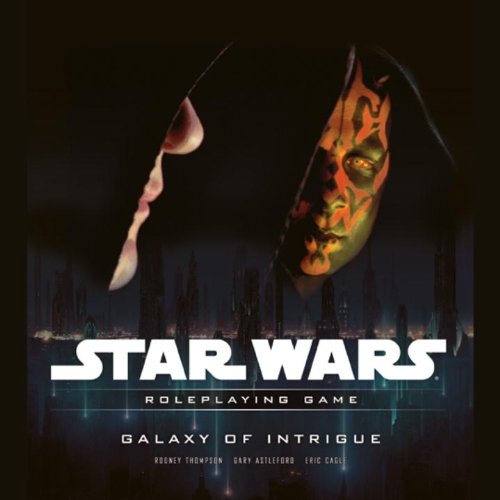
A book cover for Galaxy of Intrigue: A Star Wars Roleplaying Game Supplement; T. Rob Brown; Science Fiction & Fantasy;